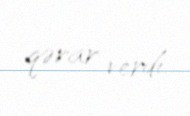
qərar verdi.